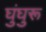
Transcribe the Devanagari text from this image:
घुंघुरू